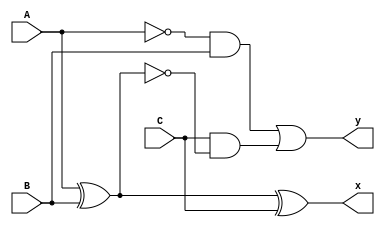
module full_subtractor(x,y,A,B,C);
  input A,B,C;
  output x,y;
  assign x=(A^B)^C;
  assign y=~A&B | C&~(A^B);
endmodule